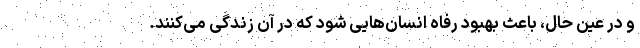
و در عین حال، باعث بهبود رفاه انسان‌هایی شود که در آن زندگی می‌کنند.